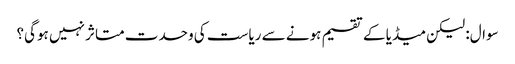
سوال: لیکن میڈیا کے تقسیم ہونے سے ریاست کی وحدت متاثر نہیں ہوگی؟